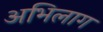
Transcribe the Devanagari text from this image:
अभिलाग